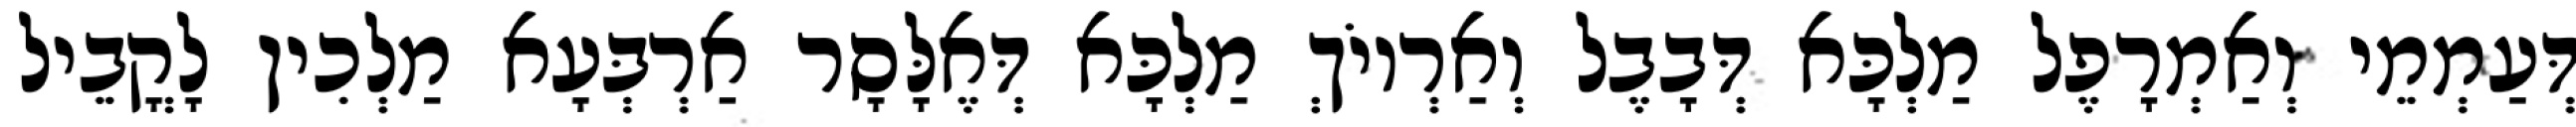
דְּעַמְמֵי וְאַמְרָפֶל מַלְכָּא דְּבָבֶל וְאַרְיוֹךְ מַלְכָּא דְּאֶלָּסָר אַרְבְּעָא מַלְכִין לָקֳבֵיל